Report on sanitation, dispensaries, and jails in Rajputana for 1910, and on vaccination for the year 1910-1911 - 1910-1911
Year: 1910
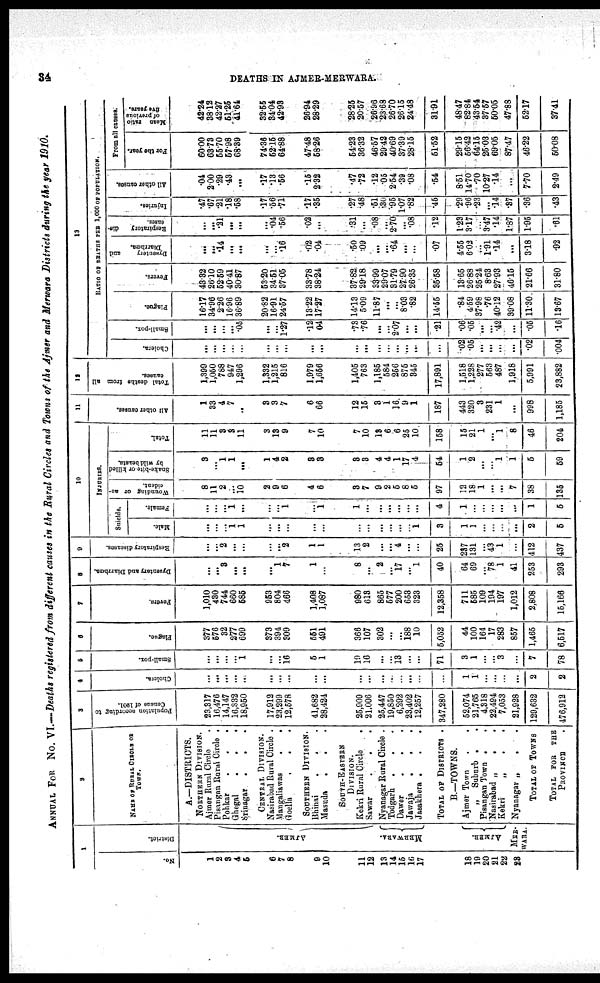
34
DEATHS IN AJMER-MERWARA.
ANNUAL FOR No. VI.—Deaths registered from different causes in the Rural Circles and Towns of the Ajmer and Merwara Districts during the year 1910.
1
No.
1
2
3
4
5
6
7
8
9
10
11
12
13
14
15
16
17
18
19
20
21
22
23
District.
AJMER.
MERWARA.
AJMER.
MER ¬
WARA.
2
NAME OF RURAL CIRCLE OR
TOWN.
A.—DISTRICTS.
NORTHERN DIVISION.
Ajmer Rural Circle .
Pisangan Rural Circule .
Pohkar
.
.
.
Ghegal . . .
Srinagar .
.
.
CENTRAL DIVISION.
Nasirabad Rural Circle .
Mangaliawas
.
.
Goella
.
.
SOUTHERN DIVISION.
Bhinai . . .
Masuda
.
. .
SOUTH-EASTERN
DIVISION.
Kekri Rural Circle .
Sawar
.
. .
Nyanagar Rural Circle .
Todgadh . . .
Dawer . . .
Jaweja
Jasakhera .
.
.
TOTAL OF DISTRICTS .
B.—TOWNS.
Ajmer Town
.
.
„ Suburb . .
Pisangan Town .
.
Nasirabad „ . .
Kekri
„
.
.
Nyanagar „ . .
TOTAL OF TOWNS
TOTAL FOR THE
PROVINCE .
3
Population according to
Census of 1901.
23,317
16,476
14,147
16,332
18,950
17,912
23,299
12,578
41,682
28,424
25,909
21,006
25,447
19,850
6,292
23,402
12,257
347,280
52,074
21,765
4,318
22,494
7,053
21,928
129,632
476,912
4
Cholera.
...
...
...
...
...
...
...
...
...
...
...
...
...
...
...
...
...
...
1
1
...
...
...
...
2
2
5
Small-pox.
...
...
...
...
1
...
...
16
5
1
19
16
...
...
13
...
...
71
3
1
...
...
3
...
7
78
6
Plague.
377
576
32
277
699
373
394
309
551
491
366
107
302
...
...
188
10
5,052
44
100
164
17
283
857
1,465
6,517
7
Fevers.
1,010
430
744
660
585
953
804
466
1,408
1,087
980
613
865
577
200
653
323
12,358
711
585
109
194
197
1,012
2,808
15,166
8
Dysentery and Diarrhœa.
...
...
3
...
...
...
1
7
1
...
8
...
2
...
17
...
1
40
64
69
...
78
1
41
253
293
9
Respiratory diseases.
...
...
2
...
...
...
2
1
1
13
2
...
...
4
...
...
25
237
131
...
43
1
...
412
437
10
INJURIES.
Suicide.
Male.
...
...
...
1
1
...
...
...
...
...
...
...
...
...
1
3
1
1
...
...
...
...
2
5
Female.
...
...
...
1
...
...
...
1
...
1
1
...
...
...
...
...
...
4
1
...
...
...
...
1
5
Wounding or ac-
cident.
8
11
2
...
10
2
9
6
4
6
3
7
9
2
5
8
5
97
12
18
1
...
...
7
38
135
Snake-bite or killed
by wild beasts.
3
...
1
1
...
1
4
2
3
3
3
3
4
4
1
17
4
54
1
2
...
...
1
1
5
59
Total.
11
11
3
3
11
3
13
9
7
10
7
10
18
6
6
25
10
158
15
21
1
...
1
8
46
204
11
All other causes.
1
33
4
7
..
3
3
7
6
66
12
15
3
1
16
9
1
187
443
320
3
231
1
...
998
1,185
12
Total deaths from all
causes.
1,399
1,050
788
947
1,296
1,332
1,215
816
1,979
1,656
1,405
763
1,185
584
256
875
345
17,891
1,518
1,228
277
563
487
1,918
5,991
23,882
13
RATIO OF DEATHS PER 1,000 OF POPULATION.
Cholera.
...
...
...
...
...
...
...
...
...
...
...
...
...
...
...
...
...
...
.02
.05
...
...
...
...
.02
.004
Small-pox.
...
...
...
...
.05
1.27
.12
04
.73
.76
...
...
2.07
...
...
.21
.06
.05
...
...
42
...
.05
.16
Plague.
16.17
34.96
2.26
16.96
36.89
20.82
16.91
24.57
13.22
17.27
14.13
5.09
11.87
...
...
8.03
.82
14.55
.84
4.59
37.98
.76
40.12
39.08
11.30
13.67
Fevers.
43.32
26.10
52.59
40.41
30.87
53.20
34.51
37.05
33.78
38.24
37.82
29.18
33.99
29.07
31.79
27.90
26.35
35.58
13.65
26.88
25.24
8.63
27.93
46.16
21.66
31.80
Dysentery
and
Diarrhœa.
...
.14
...
...
...
.16
.02
.04
.50
.09
...
...
.64
...
...
.07
4.55
6.02
...
1.91
.14
...
3.18
.92
Respiratory
dis-
eases.
...
...
.21
...
...
.04
.56
.02
...
31
...
.08
...
2.70
...
.08
.12
123
3.17
...
3.47
.14
1.87
1.95
.61
Injuries.
47
.67
.21
.18
.58
.17
.56
.71
.17
.35
.27
.48
.51
.30
.95
1.07
.82
.45
.29
.96
.23
...
.14
.37
.36
.43
All other causes.
.04
2.00
.29
.43
...
.17
.13
.66
.15
2.32
.47
.72
.12
.05
2.54
.39
.08
.54
8.51
14.70
.70
10.27
.14
...
7.70
2.49
From all causes.
For the year.
60.00
63.73
55.70
57.98
68.39
74.36
52.15
64.88
47.48
58.26
54.23
36.32
46.57
29.42
40.69
37.39
28.15
51.52
29.15
56.42
64.15
25.03
69.05
87.47
46.22
50.08
Me a n ratio
of previous
five year s.
42.24
38.12
42.27
51.25
41.64
32.55
34.04
42.93
26.94
28.29
28.25
20.57
26.96
23.68
26.70
26.15
24.48
31.91
48.47
82.84
43.54
37.57
50.05
47.88
52.17
37.41